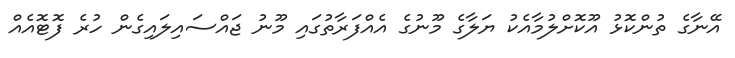
އޭނާގެ ތުންކޮޅު އޫކޮށްލުމާއެކު ޔަލާގެ މޫނުގެ އެއްފަރާތުގައި މޫނު ޖައްސައިލައިގެން ހުރެ ފޮޓޮއެއް